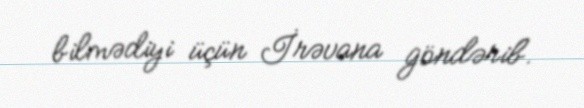
bilmədiyi üçün İrəvana göndərib.